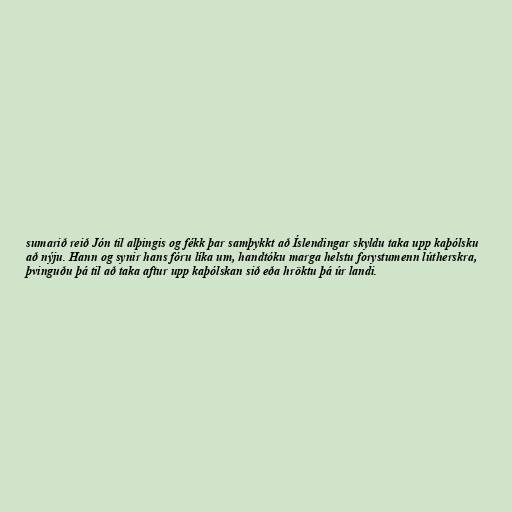
sumarið reið Jón til alþingis og fékk þar samþykkt að Íslendingar skyldu taka upp kaþólsku
að nýju. Hann og synir hans fóru líka um, handtóku marga helstu forystumenn lútherskra,
þvinguðu þá til að taka aftur upp kaþólskan sið eða hröktu þá úr landi.